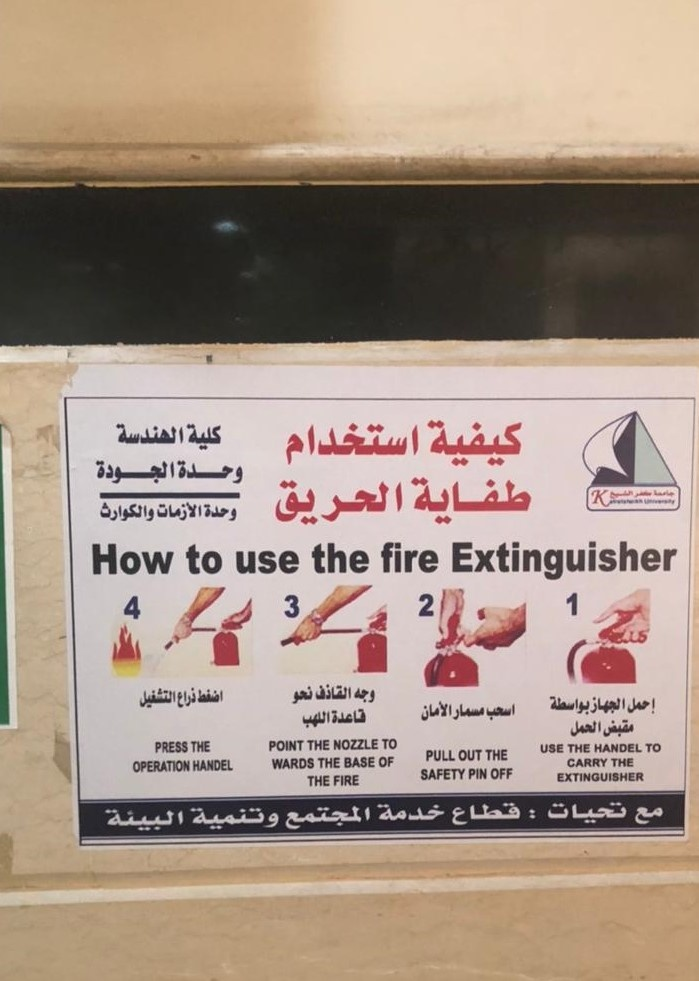
Text in image: الهندسة كلية استخدام كيفية الجودة وحدة الحريق طفاية الأزمات وحدة والكوارث القاذف وجه نحو اضغط التشغيل ذراع بواسطة إحمل الجهاز الأمان اسحب مسمار قاعدة اللهب الحمل مقبض OUT OF تحيات قطاع خدمة مع المجتمع وتنمية البيئة the fire How to Extinguisher use 1 2 3 4 POINT THE NOZZLE TO THE PRESS TO USE THE HANDEL THE PULL THE BASE CARRY THE WARDS HANDEL OPERATION PIN OFF SAFETY EXTINGUISHER FIRE THE